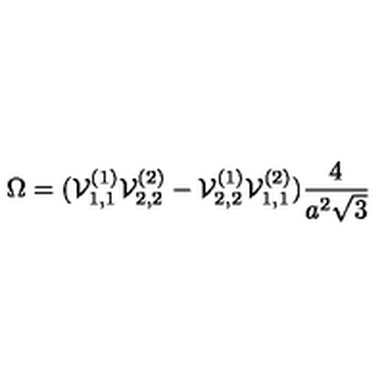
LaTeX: \Omega = ( { \cal V } _ { 1 , 1 } ^ { ( 1 ) } { \cal V } _ { 2 , 2 } ^ { ( 2 ) } - { \cal V } _ { 2 , 2 } ^ { ( 1 ) } { \cal V } _ { 1 , 1 } ^ { ( 2 ) } ) \frac { 4 } { a ^ { 2 } \sqrt { 3 } }